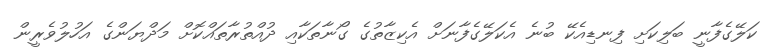
ކަލޭގެފާނީ ބަލިކަށި ފިނޑިއެކޭ ބުނެ އެކަލޭގެފާނަށް އެކިޒާތުގެ ގޯނާތަކާއި ދުއްތުރާތައްކޮށް މަދްޔަންގެ އަހުލުވެރީން